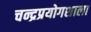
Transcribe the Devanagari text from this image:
चन्द्रप्रयोगशाला